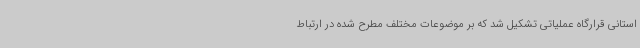
استانی قرارگاه عملیاتی تشکیل شد که بر موضوعات مختلف مطرح شده در ارتباط